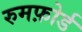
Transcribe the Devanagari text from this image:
रुमफ़ोर्ड